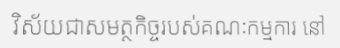
វិស័យជាសមត្ថកិច្ចរបស់គណៈកម្មការ នៅ